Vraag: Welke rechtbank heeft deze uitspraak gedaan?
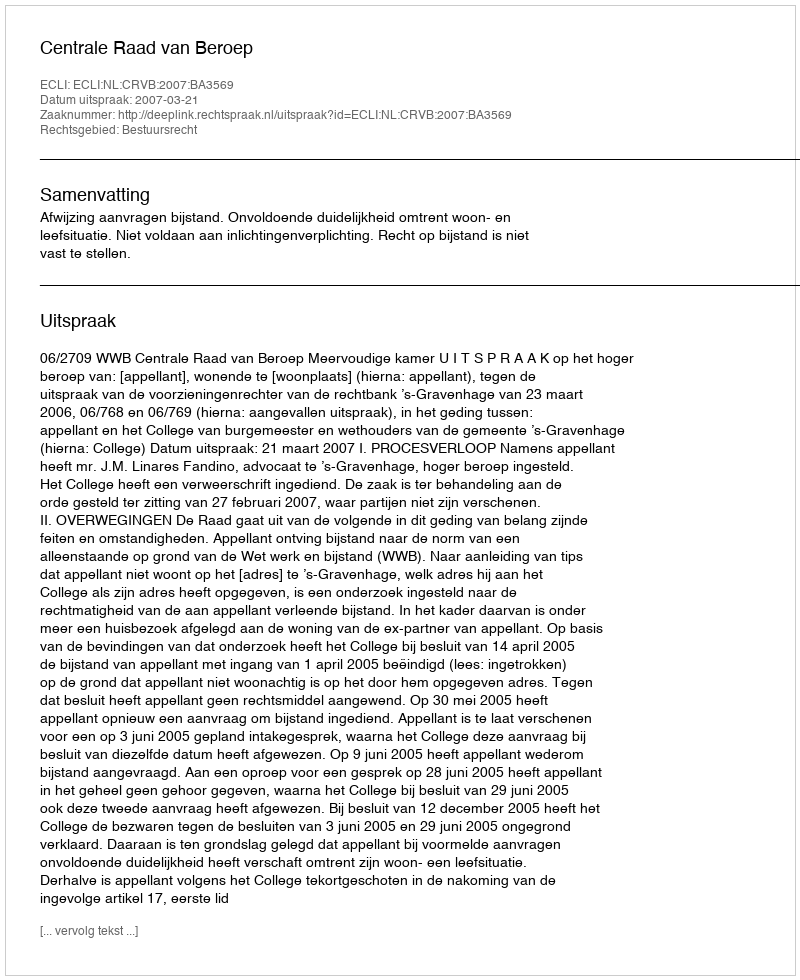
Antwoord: Centrale Raad van Beroep